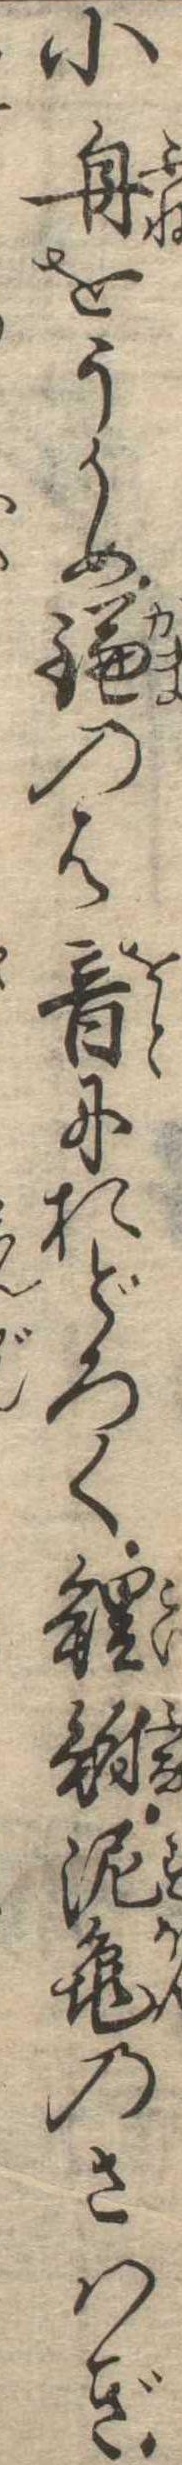
小舟をうかめ鎌のは音におどろく鯉鮒泥亀のさはぎ